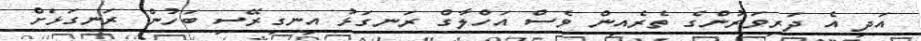
އަދި އެ ދަރިވަރުންގެ ތެރެއިން ވެސް އަހްލާގް ރަނގަޅު އިނގިރޭސި ބަހުން ރަނގަޅަށް